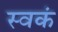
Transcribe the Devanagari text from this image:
स्वकं